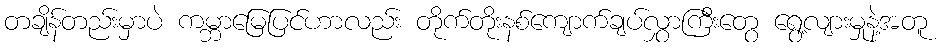
တချိန်တည်းမှာပဲ ကမ္ဘာမြေပြင်ဟာလည်း တိုက်တိုးနစ်ကျောက်ချပ်လွှာကြီးတွေ ရွေ့လျားမှုနဲ့အတူ